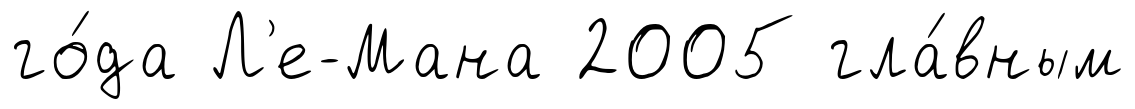
го́да Л'е-Мана 2005 гла́вным